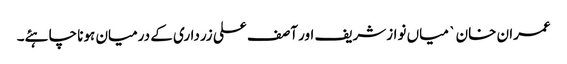
عمران خان ` میاں نوازشریف اور آصف علی زرداری کے درمیان ہونا چاہئے۔